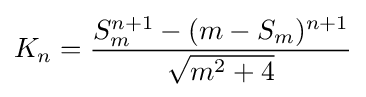
K_{n}={\frac {S_{m}^{n+1}-(m-S_{m})^{n+1}}{\sqrt {m^{2}+4}}}